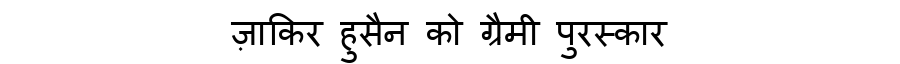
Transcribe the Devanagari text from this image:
ज़ाकिर हुसैन को ग्रैमी पुरस्कार